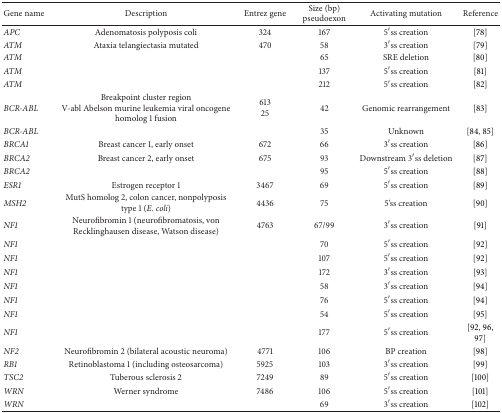
| Gene name | Description | Entrez gene | Size (bp) pseudoexon | Activating mutation | Reference |
 | --- | --- | --- | --- | --- | --- |
 | APC | Adenomatosis polyposis coli | 324 | 167 | 5′ss creation | [78] |
 | ATM | Ataxia telangiectasia mutated | 470 | 58 | 3′ss creation | [79] |
 | ATM |  |  | 65 | SRE deletion | [80] |
 | ATM |  |  | 137 | 5′ss creation | [81] |
 | ATM |  |  | 212 | 5′ss creation | [82] |
 | BCR-ABL | Breakpoint cluster regionV-abl Abelson murine leukemia viral oncogene homolog 1 fusion | 61325 | 42 | Genomic rearrangement | [83] |
 | BCR-ABL |  |  | 35 | Unknown | [84, 85] |
 | BRCA1 | Breast cancer 1, early onset | 672 | 66 | 3′ss creation | [86] |
 | BRCA2 | Breast cancer 2, early onset | 675 | 93 | Downstream 3′ss deletion | [87] |
 | BRCA2 |  |  | 95 | 5′ss creation | [88] |
 | ESR1 | Estrogen receptor 1 | 3467 | 69 | 5′ss creation | [89] |
 | MSH2 | MutS homolog 2, colon cancer, nonpolyposis type 1 (E. coli) | 4436 | 75 | 5'ss creation | [90] |
 | NF1 | Neurofibromin 1 (neurofibromatosis, von Recklinghausen disease, Watson disease) | 4763 | 67/99 | 3′ss creation | [91] |
 | NF1 |  |  | 70 | 5′ss creation | [92] |
 | NF1 |  |  | 107 | 5′ss creation | [92] |
 | NF1 |  |  | 172 | 3′ss creation | [93] |
 | NF1 |  |  | 58 | 3′ss creation | [94] |
 | NF1 |  |  | 76 | 5′ss creation | [94] |
 | NF1 |  |  | 54 | 5′ss creation | [95] |
 | NF1 |  |  | 177 | 5′ss creation | [92, 96, 97] |
 | NF2 | Neurofibromin 2 (bilateral acoustic neuroma) | 4771 | 106 | BP creation | [98] |
 | RB1 | Retinoblastoma 1 (including osteosarcoma) | 5925 | 103 | 3′ss creation | [99] |
 | TSC2 | Tuberous sclerosis 2 | 7249 | 89 | 5′ss creation | [100] |
 | WRN | Werner syndrome | 7486 | 106 | 5′ss creation | [101] |
 | WRN |  |  | 69 | 3′ss creation | [102] |